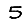
Digit: 5